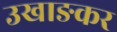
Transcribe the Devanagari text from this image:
उखाङकर